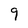
Character: 9